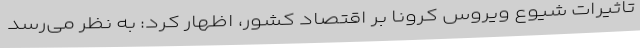
تاثیرات شیوع ویروس کرونا بر اقتصاد کشور، اظهار کرد: به نظر می‌رسد